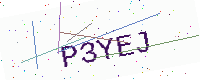
Text: P3YEJ